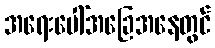
အရေးပေါ်အခြေအနေတွင်